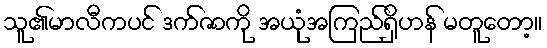
သူ၏မာလီကပင် ဒက်ဇာကို အယုံအကြည်ရှိဟန် မတူတော့။